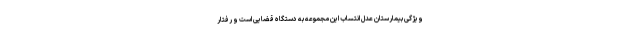
ویژگی بیمارستان عدل انتساب این مجموعه به دستگاه قضایی است و رفتار